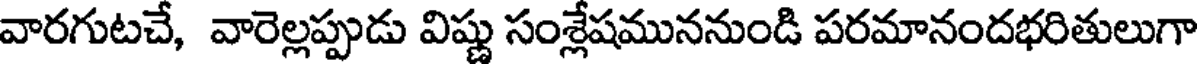
వారగుటచే, వారెల్లప్పుడు విష్ణు సంశ్లేషముననుండి పరమానందభరితులుగా